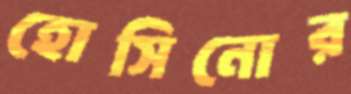
হোসিনোর